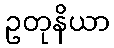
ဥတုနိယာ